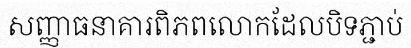
សញ្ញាធនាគារពិភពលោកដែលបិទភ្ជាប់